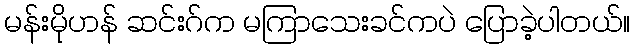
မန်းမိုဟန် ဆင်းဂ်က မကြာသေးခင်ကပဲ ပြောခဲ့ပါတယ်။